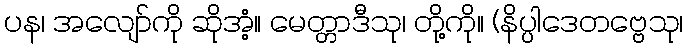
ပန၊ အလျော်ကို ဆိုအံ့။ မေတ္တာဒီသု၊ တို့ကို။ (နိပ္ပါဒေတဗ္ဗေသု၊